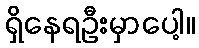
ရှိနေရဦးမှာပေါ့။